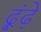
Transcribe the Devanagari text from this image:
ढ़ूंढ़े